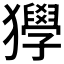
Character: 𤣌